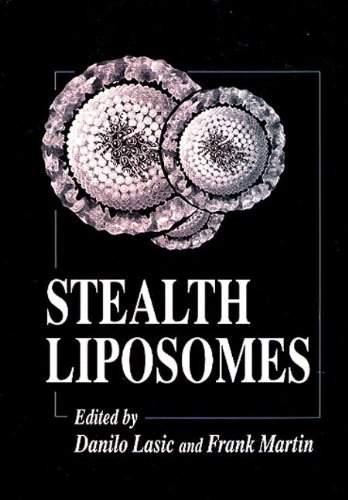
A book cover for Stealth Liposomes (Handbooks in Pharmacology and Toxicology); Danilo D. Lasic; Medical Books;